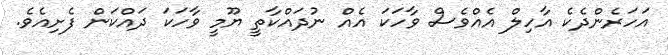
އަހަރެންދެކެ އާހިލް އެއްވެސް ވާހަކަ އެއް ނުދައްކާތީ ޔޫމީ ވާހަކަ ދައްކަން ފެށިއެވެ.